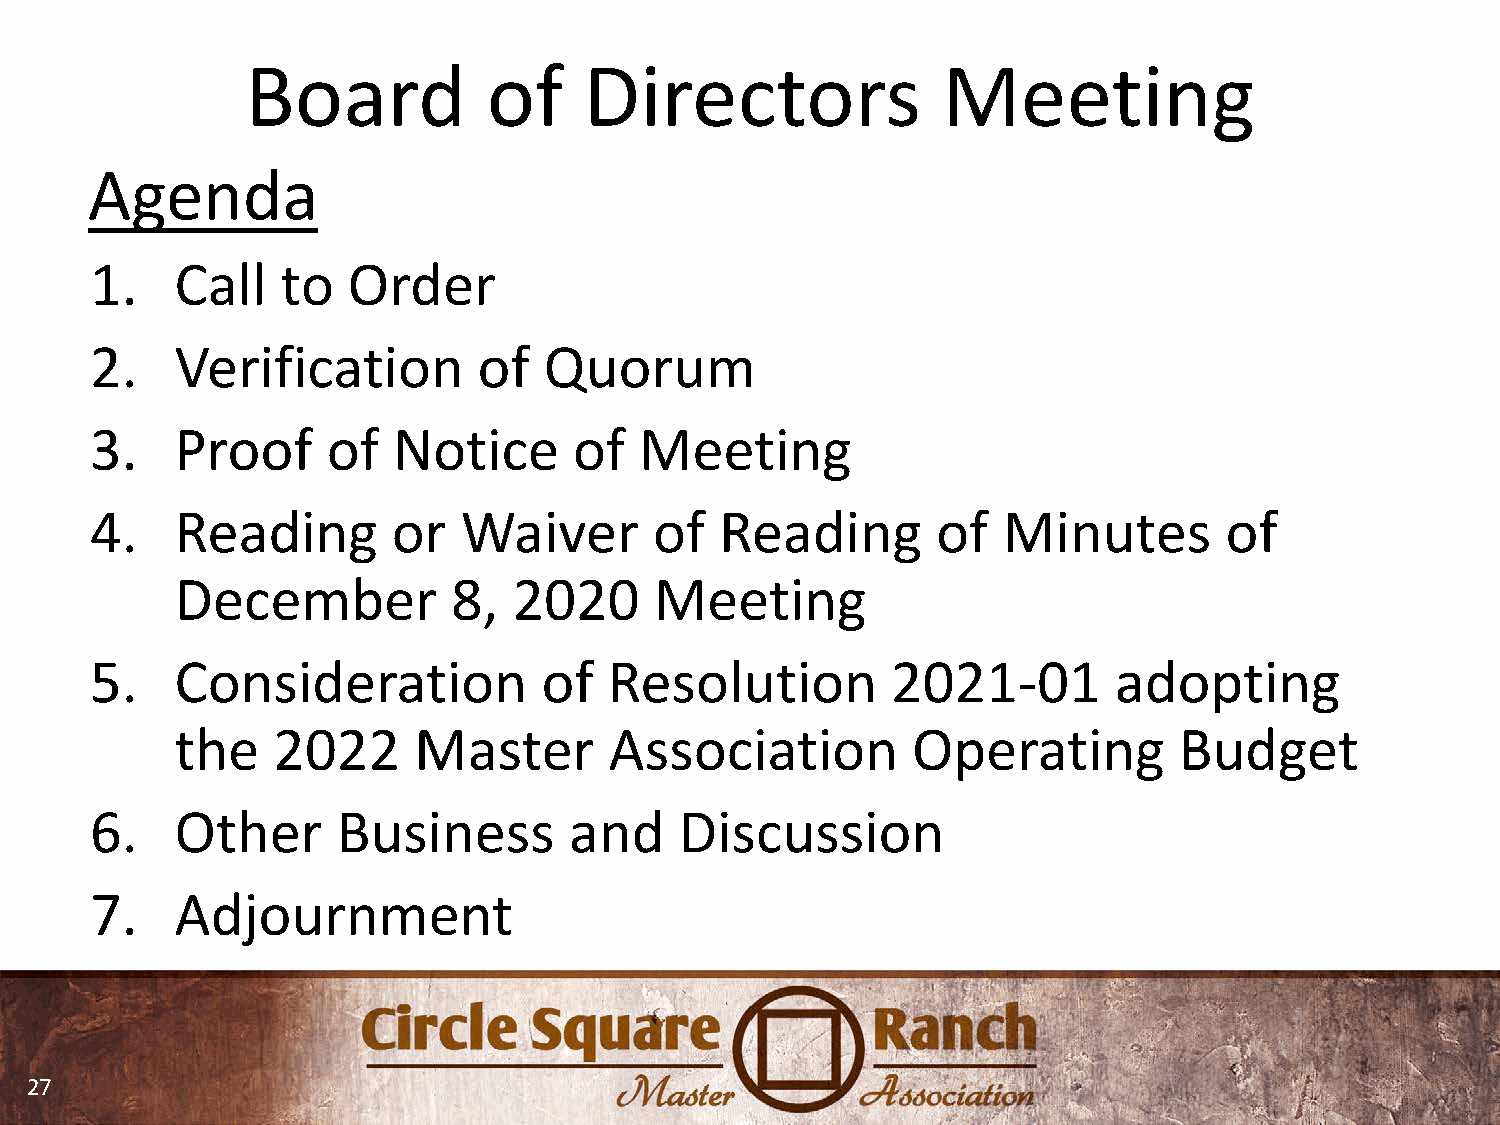
Board           of     Directors              Meeting
 Agenda
 1.    Call   to  Order
 2.    Verification        of  Quorum
 3.    Proof     of  Notice      of  Meeting
 4.    Reading       or   Waiver      of   Reading       of  Minutes        of
 December          8,  2020     Meeting
 5.    Consideration           of  Resolution         2021-01        adopting
 the   2022     Master       Association         Operating         Budget
 6.    Other     Business        and    Discussion
 7.    Adjournment
 27